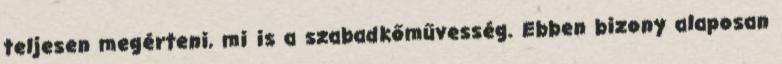
teljesen megérteni, mi is a szabadkőművesség. Ebben bi­zony alaposan